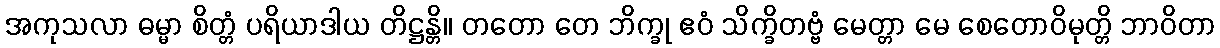
အကုသလာ ဓမ္မာ စိတ္တံ ပရိယာဒါယ တိဋ္ဌန္တိ။ တတော တေ ဘိက္ခု ဧဝံ သိက္ခိတဗ္ဗံ မေတ္တာ မေ စေတောဝိမုတ္တိ ဘာဝိတာ